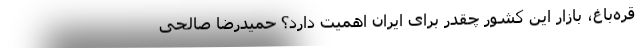
قره‌باغ، بازار این کشور چقدر برای ایران اهمیت دارد؟ حمیدرضا صالحی